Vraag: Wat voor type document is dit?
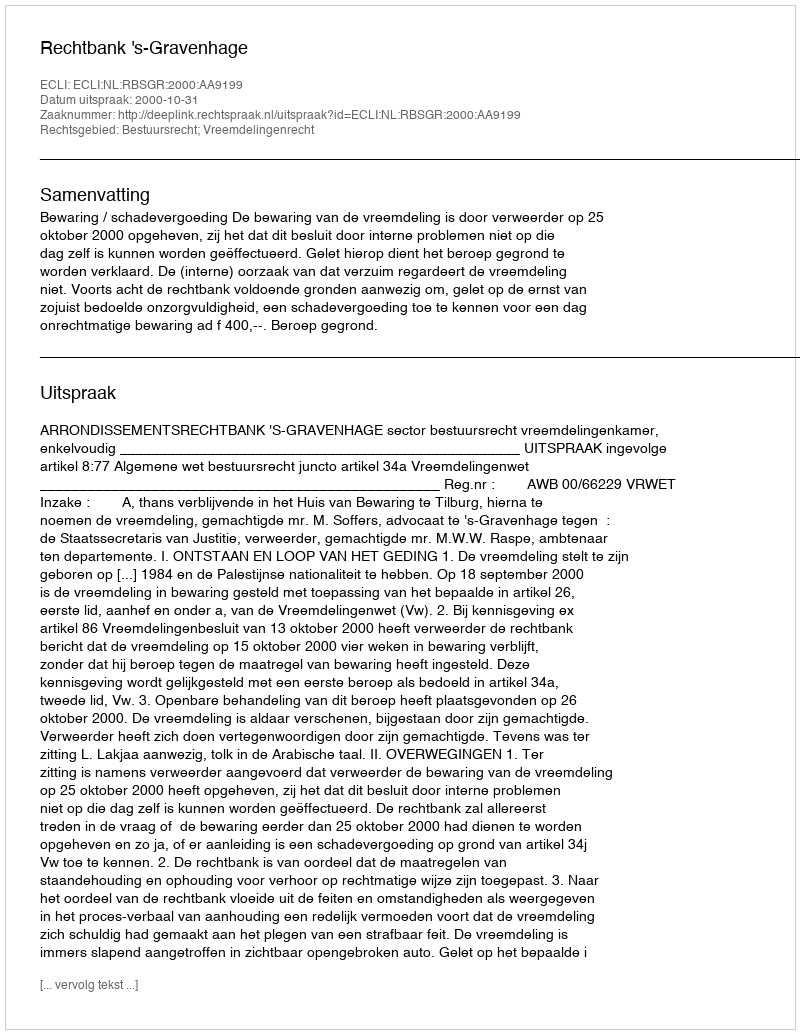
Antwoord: Uitspraak